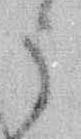
う